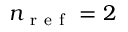
n _ { \mathrm { ~ r ~ e ~ f ~ } } = 2